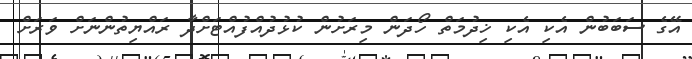
އޭގެ ސަބަބުން އެކި އެކި ޚިދުމަތް ހޯދަން މިރަށުން ކުޅުދުއްފުއްޓަށްދާ ރައްޔިތުންނަށް ވަރަށް